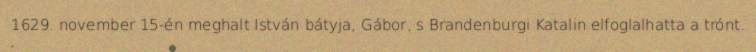
1629. november 15-én meghalt István bátyja, Gábor, s Brandenburgi Katalin elfoglalhatta a trónt.